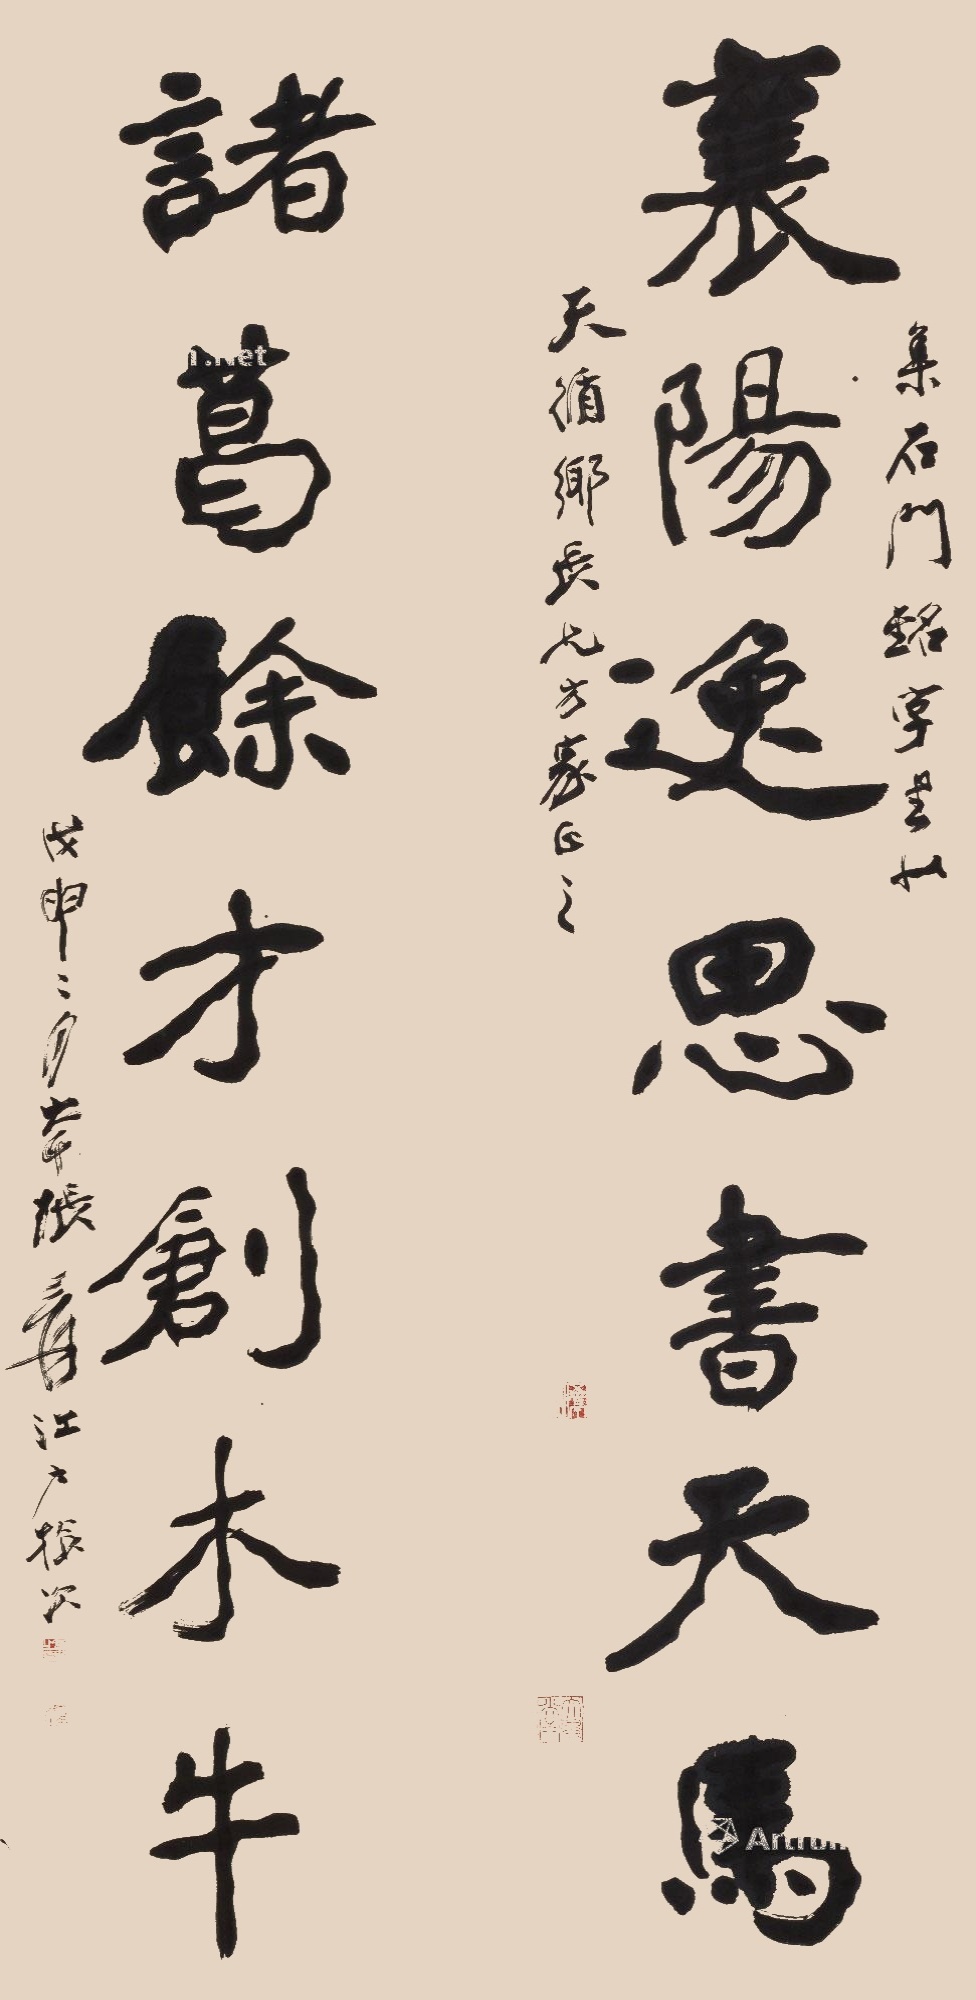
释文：襄阳逸思书天马，诸葛余才创木牛。集《石门铭》字书似天循乡长兄方家正之，戊申（1968）二月，大千张爰江户旅次。